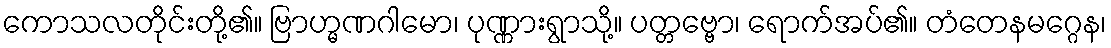
ကောသလတိုင်းတို့၏။ ဗြာဟ္မဏဂါမော၊ ပုဏ္ဏားရွာသို့။ ပတ္တဗ္ဗော၊ ရောက်အပ်၏။ တံတေနမဂ္ဂေန၊